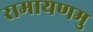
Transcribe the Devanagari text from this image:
रामायणमु